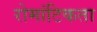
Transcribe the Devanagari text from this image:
रोमांटिकता